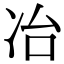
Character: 冶